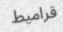
قراميط